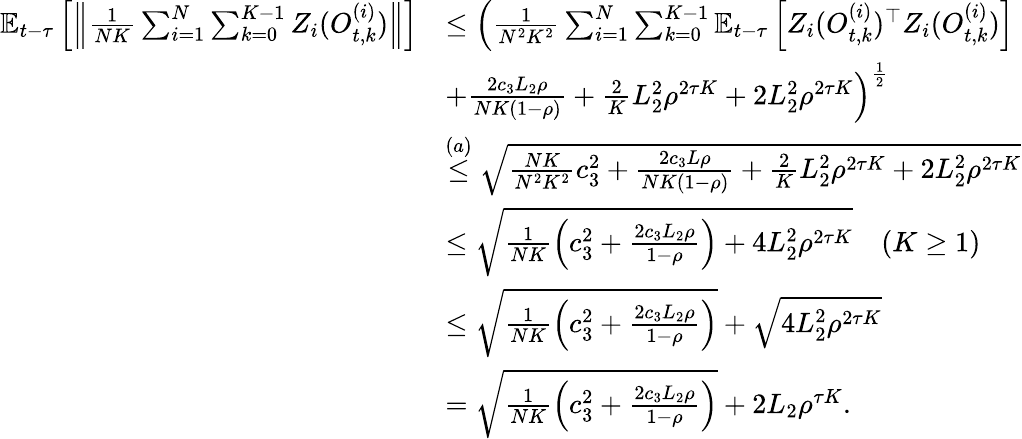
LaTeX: \begin{array}{rl}{\mathbb{E}_{t-\tau}\left[\left\| \frac{1}{NK}\sum_{i=1}^{N}\sum_{k=0}^{K-1}Z_{i}(O_{t,k}^{(i)})\right\| \right]}&{\le\left(\frac{1}{N^{2}K^{2}}\sum_{i=1}^{N}\sum_{k=0}^{K-1}\mathbb{E}_{t-\tau}\left[Z_{i}(O_{t,k}^{(i)})^{\top}Z_{i}(O_{t,k}^{(i)})\right]\right.}\\ &{\left.+\frac{2c_{3}L_{2}\rho}{NK(1-\rho)}+\frac{2}{K}L_{2}^{2}\rho^{2\tau K}+2L_{2}^{2}\rho^{2\tau K}\right)^{\frac{1}{2}}}\\ &{\stackrel{(a)}{\le}\sqrt{\frac{NK}{N^{2}K^{2}}{c_{3}^{2}}+\frac{2c_{3}L\rho}{NK(1-\rho)}+\frac{2}{K}L_{2}^{2}\rho^{2\tau K}+2L_{2}^{2}\rho^{2\tau K}}}\\ &{\le\sqrt{\frac{1}{NK}\left(c_{3}^{2}+\frac{2c_{3}L_{2}\rho}{1-\rho}\right)+4L_{2}^{2}\rho^{2\tau K}}\quad(K\ge 1)}\\ &{\le\sqrt{\frac{1}{NK}\left(c_{3}^{2}+\frac{2c_{3}L_{2}\rho}{1-\rho}\right)}+\sqrt{4L_{2}^{2}\rho^{2\tau K}}}\\ &{=\sqrt{\frac{1}{NK}\left(c_{3}^{2}+\frac{2c_{3}L_{2}\rho}{1-\rho}\right)}+2L_{2}\rho^{\tau K}.}\end{array}